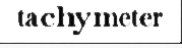
tachymeter